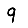
Digit: 9